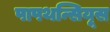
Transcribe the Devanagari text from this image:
पापथन्सियूस